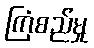
ကြံစည်မှု